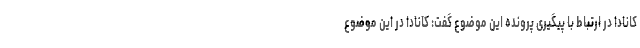
کانادا در ارتباط با پیگیری پرونده این موضوع گفت: کانادا در این موضوع